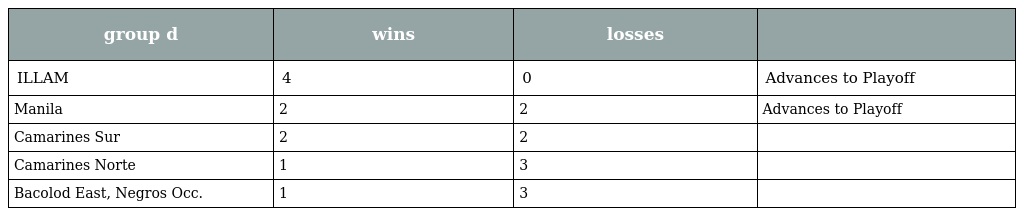
| group d | wins | losses |  |
 | --- | --- | --- | --- |
 | ILLAM | 4 | 0 | Advances to Playoff |
 | Manila | 2 | 2 | Advances to Playoff |
 | Camarines Sur | 2 | 2 |  |
 | Camarines Norte | 1 | 3 |  |
 | Bacolod East, Negros Occ. | 1 | 3 |  |